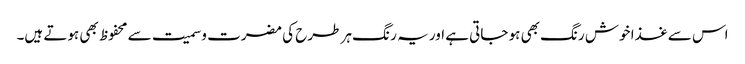
اس سے غذا خوش رنگ بھی ہو جاتی ہے اور یہ ر نگ ہر طرح کی مضرت وسمیت سے محفوظ بھی ہوتے ہیں۔